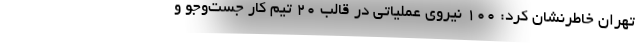
تهران خاطرنشان کرد: ۱۰۰ نیروی عملیاتی در قالب ۲۰ تیم کار جست‌وجو و